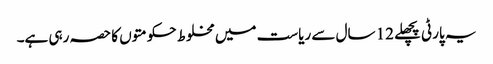
یہ پارٹی پچھلے 12 سال سے ریاست میں مخلوط حکومتوں کا حصہ رہی ہے۔